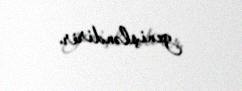
genişləndirir.